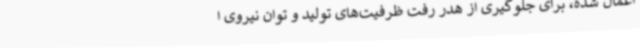
اعمال شده، برای جلوگیری از هدر رفت ظرفیت‌های تولید و توان نیروی ا